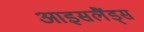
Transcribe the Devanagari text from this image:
आइसलैंड्स